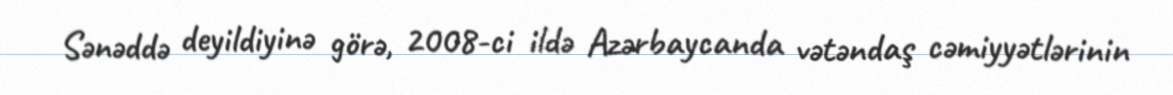
Sənəddə deyildiyinə görə, 2008-ci ildə Azərbaycanda vətəndaş cəmiyyətlərinin